Burma Government Medical School reports 1923-41
Year: 1923
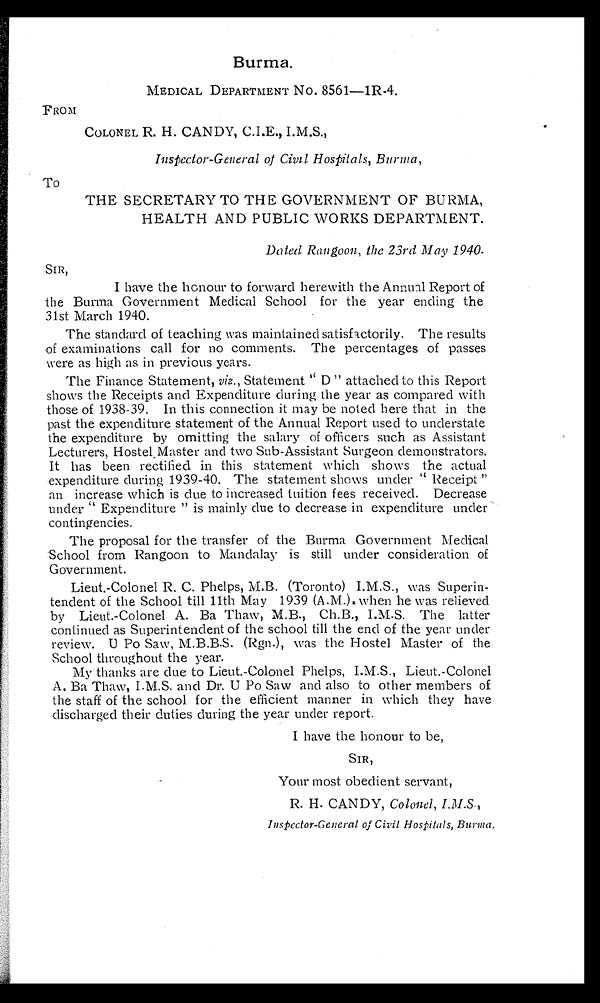
Burma.
MEDICAL DEPARTMENT No. 8561-1R-4.
FROM
COLONEL R. H. CANDY, C.I.E., I.M.S.,
Inspector-General of Civil Hospitals, Burma,
To
THE SECRETARY TO THE GOVERNMENT OF BURMA,
HEALTH AND PUBLIC WORKS DEPARTMENT.
Dated Rangoon, the 23rd May 1940.
SIR,
I have the honour to forward herewith the Annual Report of
the Burma Government Medical School for the year ending the
31st March 1940.
The standard of teaching was maintained satisfactorily. The results
of examinations call for no comments. The percentages of passes
were as high as in previous years.
The Finance Statement, viz., Statement " D " attached to this Report
shows the Receipts and Expenditure during the year as compared with
those of 1938-39. In this connection it may be noted here that in the
past the expenditure statement of the Annual Report used to understate
the expenditure by omitting the salary of officers such as Assistant
Lecturers, Hostel Master and two Sub-Assistant Surgeon demonstrators.
It has been rectified in this statement which shows the actual
expenditure during 1939-40. The statement shows under " Receipt "
an increase which is due to increased tuition fees received. Decrease
under " Expenditure " is mainly due to decrease in expenditure under
contingencies.
The proposal for the transfer of the Burma Government Medical
School from Rangoon to Mandalay is still under consideration of
Government.
Lieut.-Colonel R. C. Phelps, M.B. (Toronto) I.M.S., was Superin-
tendent of the School till 11th May 1939 (A.M.), when he was relieved
by Lieut.-Colonel A. Ba Thaw, M.B., Ch.B.,I.M.S. The latter
continued as Superintendent of the school till the end of the year under
review. U Po Saw, M.B.B.S. (Rgn.), was the Hostel Master of the
School throughout the year.
My thanks are due to Lieut.-Colonel Phelps, I.M.S., Lieut.-Colonel
A. Ba Thaw, and Dr. U Po Saw and also to other members of
the staff of the school for the efficient manner in which they have
discharged their duties during the year under report.
I have the honour to be,
SIR,
Your most obedient servant,
R. H. CANDY, Colonel, I.M.S.,
Inspector-General of Civil Hospitals, Burma.